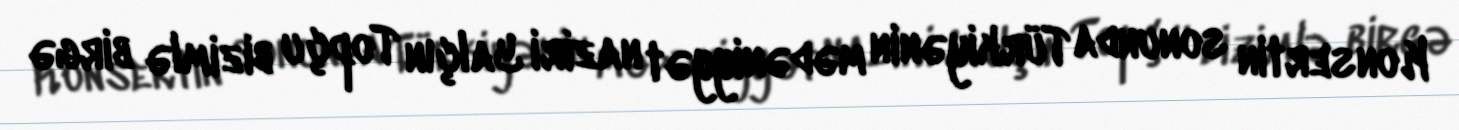
Konsertin sonunda Türkiyənin mədəniyyət naziri Yalçın Topçu bizimlə birgə